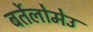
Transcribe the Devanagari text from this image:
बर्तेलोमेउ